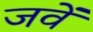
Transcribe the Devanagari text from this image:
जवें